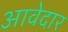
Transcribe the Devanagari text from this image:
आवेदार